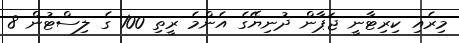
މިރެއި ކިރިޓާނީ ޖަޕާން ދުނިޔޭގެ އެންމެ ރީތި 100 ގެ ލިސްޓުން 8